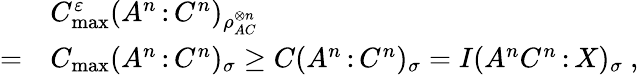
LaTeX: \begin{array}{rl}&{C_{\operatorname*{max}}^{\varepsilon}(A^{n}{\, :\, }C^{n})_{\rho_{AC}^{\otimes n}}}\\ {=}&{C_{\operatorname*{max}}(A^{n}{\, :\, }C^{n})_{\sigma}\geq C(A^{n}{\, :\, }C^{n})_{\sigma}=I(A^{n}C^{n}{\, :\, }X)_{\sigma}\ ,}\end{array}